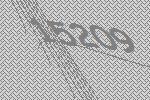
15209